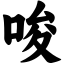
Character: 唆